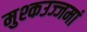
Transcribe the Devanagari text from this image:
मुश्कउज्जमां